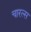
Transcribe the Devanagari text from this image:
चारल्स